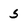
Character: 5